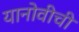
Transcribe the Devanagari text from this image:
यानोवीची